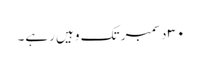
٣٠ دسمبر تک وہیں رہے۔